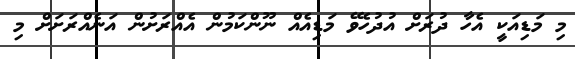
މި މަޑިއަކީ އެހާ ދުރަށް އުދުހެވޭ މަޑިއެއް ނޫންކަމުން އެއްރަށުން އަނެއްރަށަށް މި